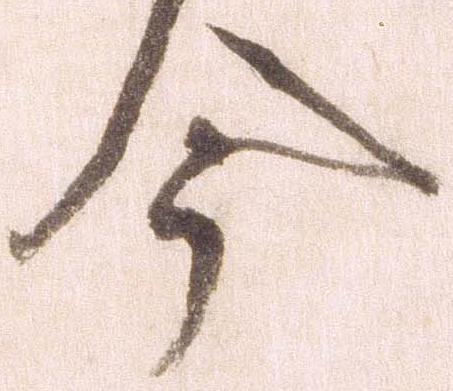
今